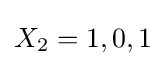
X_{2}=1,0,1